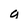
Character: g